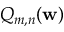
Q _ { m , n } ( \mathbf { w } )